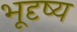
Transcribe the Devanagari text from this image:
भूदृष्य